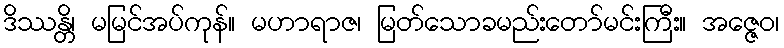
ဒိဿန္တိ၊ မမြင်အပ်ကုန်။ မဟာရာဇ၊ မြတ်သောခမည်းတော်မင်းကြီး။ အဇ္ဇေဝ၊